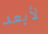
لأبعد